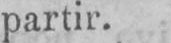
partir.